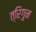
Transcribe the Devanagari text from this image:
त्रिगुन